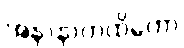
အနာနာကထိကော